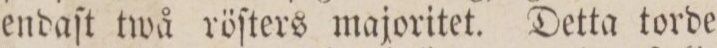
endaſt twå röſters majoritet. Detta torde